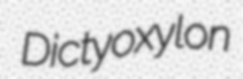
Dictyoxylon